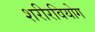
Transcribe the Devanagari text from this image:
शरीरवियोग